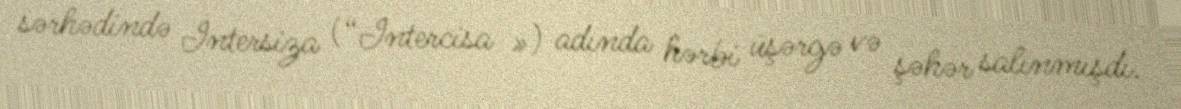
sərhədində İntersiza (“Intercisa ») adında hərbi üşərgə və şəhər salınmışdı.